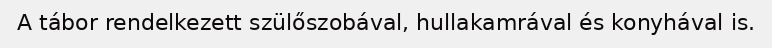
A tábor rendelkezett szülőszobával, hulla­kamrával és konyhával is.